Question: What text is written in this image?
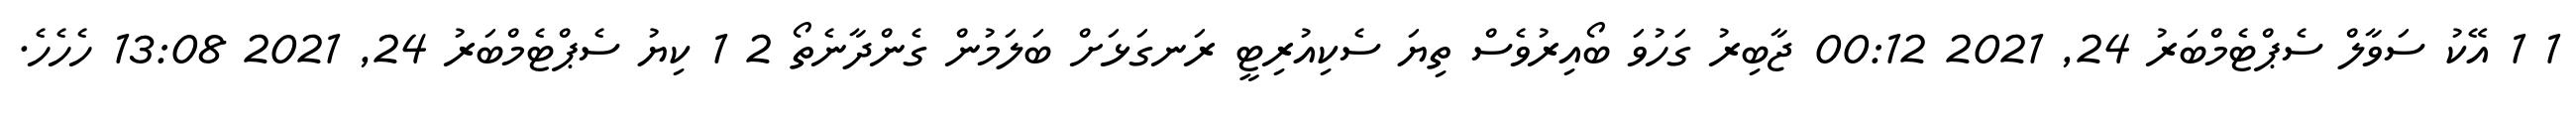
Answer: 1 1 އޭކު ސަވާލް ސެޕްޓެމްބަރު 24, 2021 00:12 ޖާބިރު ގަހުވަ ބޯއިރުވެސް ތިޔަ ސެކިއުރިޓީ ރަނގަޅަށް ބަލަމުން ގެންދާނެތޯ 2 1 ކިޔު ސެޕްޓެމްބަރު 24, 2021 13:08 ހެހެހެ.